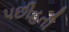
પછીહતી